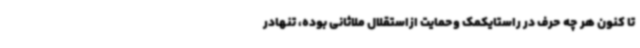
تا کنون هر چه حرف در راستایکمک وحمایت ازاستقلال ملاثانی بوده، تنهادر